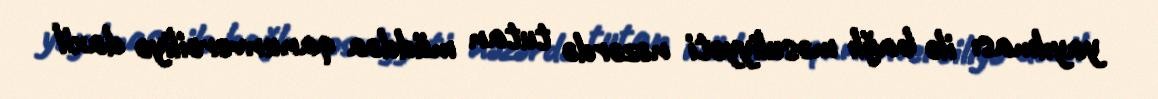
yayılması ilə bağlı məsuliyyəti nəzərdə tutan müddəa qanunverciliyə daxil